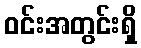
ဝင်းအတွင်းရှိ